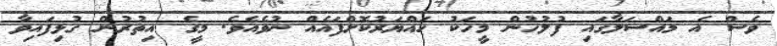
ވެސް އެ މައްސަލާގައި ފުލުހުން މީހަކު ހައްޔަރުކޮށްފައެއް ނުވެއެވެ. މީގެ އިތުރުން ގުޅިފައިވާ